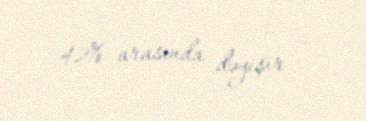
42% arasında dəyişir .